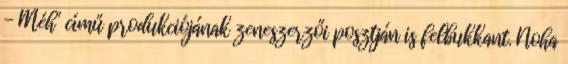
- Méh" című produkciójának zeneszerzői posztján is felbukkant. Noha